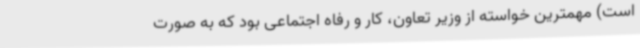
است) مهمترین خواسته از وزیر تعاون، کار و رفاه اجتماعی بود که به صورت